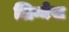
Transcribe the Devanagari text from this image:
लिग्नेस